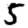
Digit: 5